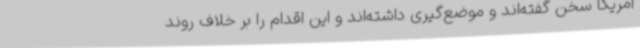
آمریکا سخن گفته‌اند و موضع‌گیری داشته‌اند و این اقدام را بر خلاف روند